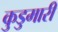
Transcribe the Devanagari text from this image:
कुडुमारी